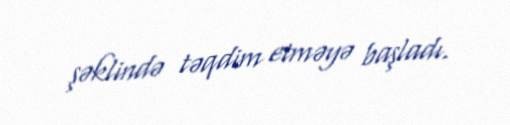
şəklində təqdim etməyə başladı.